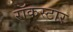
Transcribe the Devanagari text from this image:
रॉकस्‍टार